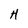
Character: H